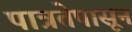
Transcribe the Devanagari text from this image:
पात्रतेपासून